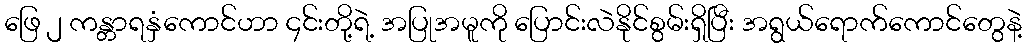
ဖြေ ၂ ကန္တာရနှံကောင်ဟာ ၄င်းတို့ရဲ့ အပြုအမူကို ပြောင်းလဲနိုင်စွမ်းရှိပြီး အရွယ်ရောက်ကောင်တွေနဲ့